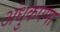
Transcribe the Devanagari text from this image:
अंधुकपणा